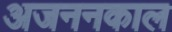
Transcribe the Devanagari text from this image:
अजननकाल